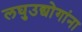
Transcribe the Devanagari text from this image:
लघुउद्योगांना